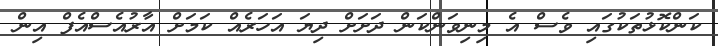
ކަންކޮޅުތަކުގައި ވެސް އެ މިނިވަންކަން ދަށަށް ދިޔަ އަހަރެއް ކަމަށް އާރުއެސްއެފް އިން